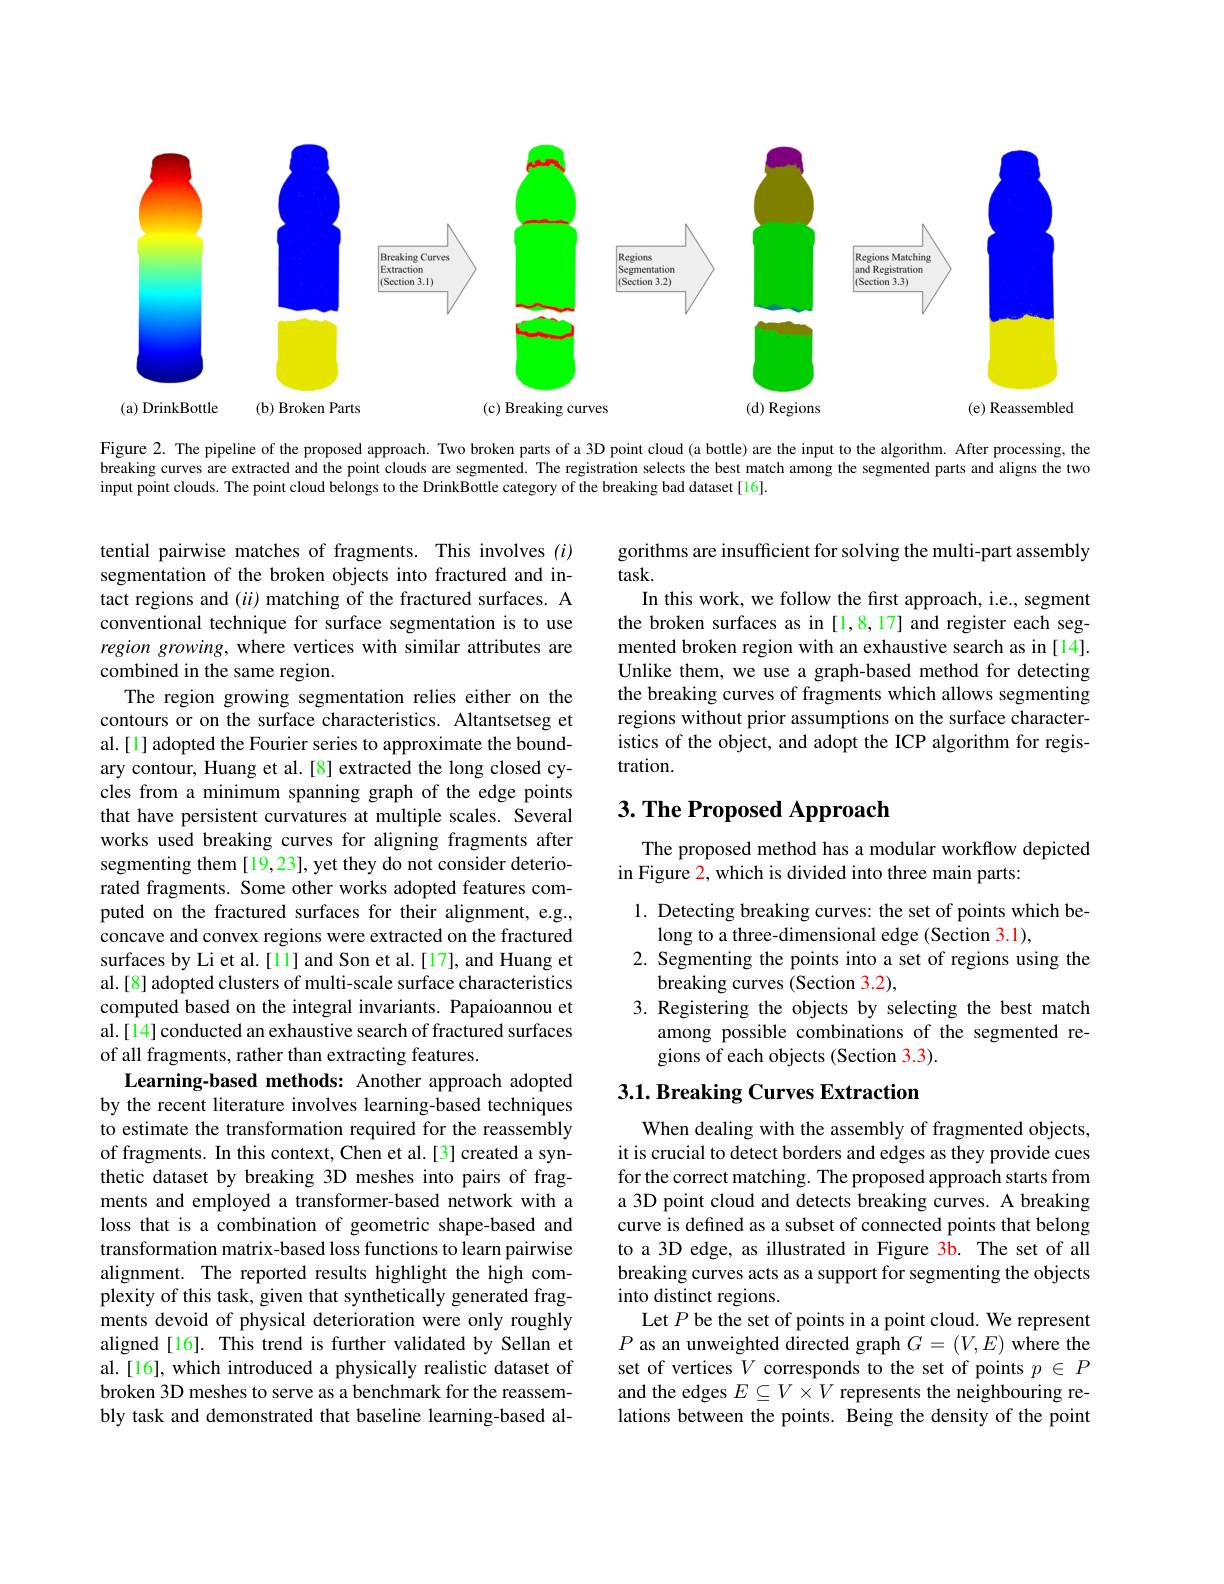
<FigureHere>

Figure 2. The pipeline of the proposed approach. Two broken parts of a 3D point cloud (a bottle) are the input to the algorithm. After processing, the breaking curves are extracted and the point clouds are segmented. The registration selects the best match among the segmented parts and aligns the two input point clouds. The point cloud belongs to the DrinkBottle category of the breaking bad dataset [16].

gorithms are insufficient for solving the multi-part assembly
task.
In this work, we follow the frst approach, i.e., segment the broken surfaces as in [1,8,17] and register each segmented broken region with an exhaustive search as in [14]. Unlike them, we use a graph-based method for detecting the breaking curves of fragments which allows segmenting regions without prior assumptions on the surface characteristics of the object, and adopt the ICP algorithm for registration.

# 3. The Proposed Approach

The proposed method has a modular workflow depicted
in Figure 2, which is divided into three main parts:

1. Detecting breaking curves: the set of points which be-
long to a three-dimensional edge (Section 3.1),
2. Segmenting the points into a set of regions using the
breaking curves (Section 3.2),
3. Registering the objects by selecting the best match
among possible combinations of the segmented re-
gions of each objects (Section 3.3).

tential pairwise matches of fragments. This involves (i) segmentation of the broken objects into fractured and intact regions and $(ii)$ matching of the fractured surfaces. A conventional technique for surface segmentation is to use region growing, where vertices with similar attributes are combined in the same region.
The region growing segmentation relies either on the contours or on the surface characteristics. Altantsetseg et al.[1] adopted the Fourier series to approximate the boundary contour, Huang et al.[8] extracted the long closed cycles from a minimum spanning graph of the edge points that have persistent curvatures at multiple scales. Several works used breaking curves for aligning fragments after segmenting them [19,23], yet they do not consider deteriorated fragments. Some other works adopted features computed on the fractured surfaces for their alignment, e.g., concave and convex regions were extracted on the fractured surfaces by Li et al.[11] and Son et al.[17], and Huang et al. [8] adopted clusters of multi-scale surface characteristics computed based on the integral invariants. Papaioannou et al.[14] conducted an exhaustive search of fractured surfaces of all fragments, rather than extracting features.
Learning-based methods: Another approach adopted by the recent literature involves learning-based techniques to estimate the transformation required for the reassembly of fragments. In this context, Chen et al.[3] created a synthetic dataset by breaking 3D meshes into pairs of fragments and employed a transformer-based network with a loss that is a combination of geometric shape-based and transformation matrix-based loss functions to learn pairwise alignment. The reported results highlight the high complexity of this task, given that synthetically generated fragments devoid of physical deterioration were only roughly aligned[16]. This trend is further validated by Sellan et al.[16], which introduced a physically realistic dataset of broken 3D meshes to serve as a benchmark for the reassembly task and demonstrated that baseline learning-based al-

## $3. 1. \textbf{ Breaking Curves Extraction}$

When dealing with the assembly of fragmented objects, it is crucial to detect borders and edges as they provide cues for the correct matching. The proposed approach starts from a 3D point cloud and detects breaking curves. A breaking curve is defined as a subset of connected points that belong to a 3D edge, as illustrated in Figure 3b. The set of all breaking curves acts as a support for segmenting the objects into distinct regions.
Let $P$ be the set of points in a point cloud. We represent $P$ as an unweighted directed graph $G=(V,E)$ where the set of vertices $V$ corresponds to the set of points $p\in P$ and the edges $E\subseteq V\times V$ represents the neighbouring relations between the points. Being the density of the point